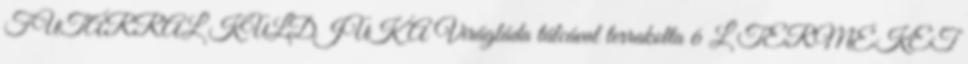
FUTÁRRAL KÜLDJÜK A Virágláda tálcával terrakotta 6 L TERMÉKET